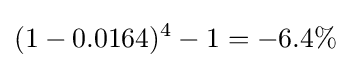
(1-0.0164)^{4}-1=-6.4\%